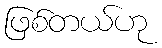
ဖြစ်တယ်ဟု